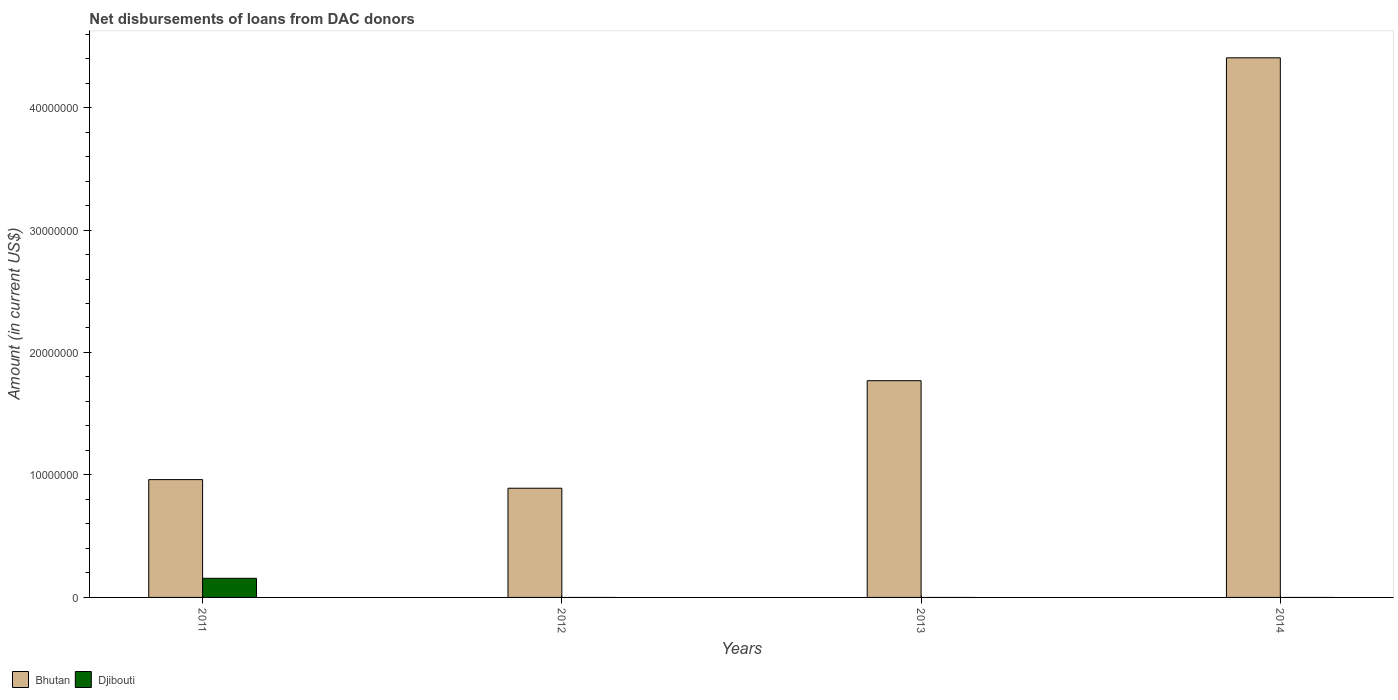
| Years | Bhutan | Djibouti |
 | --- | --- | --- |
 | 2011 | 9.62e+06 | 1.56e+06 |
 | 2012 | 8.92e+06 | -1.76e+06 |
 | 2013 | 1.77e+07 | -2.46e+06 |
 | 2014 | 4.41e+07 | -3.32e+06 |